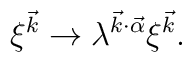
\xi^{\vec k} \rightarrow \lambda^{\vec{k} \cdot \vec{\alpha}} \xi^{\vec k}.